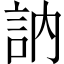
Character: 訥